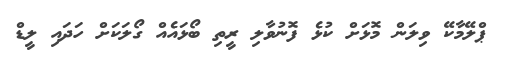
ޕްލޭމާކޭ ވިލަން މޮޅަށް ކުޅެ ފޮނުވާލި ރީތި ބޯޅައެއް ގޯލަކަށް ހަދައި ލީޑް